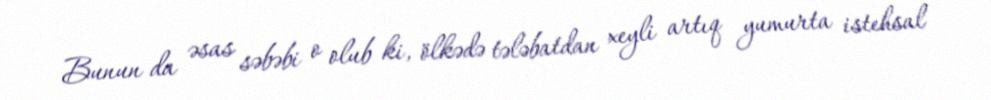
Bunun da əsas səbəbi o olub ki, ölkədə tələbatdan xeyli artıq yumurta istehsal